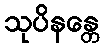
သုပိနန္တေ